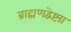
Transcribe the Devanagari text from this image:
ब्राह्मणद्वेष्ट्या